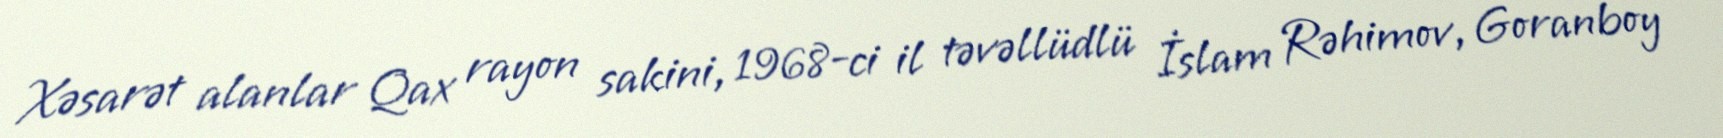
Xəsarət alanlar Qax rayon sakini, 1968-ci il təvəllüdlü İslam Rəhimov, Goranboy